Civil Veterinary Department Bihar & Orissa reports 1911-21 - 1911-1921
Year: 1911
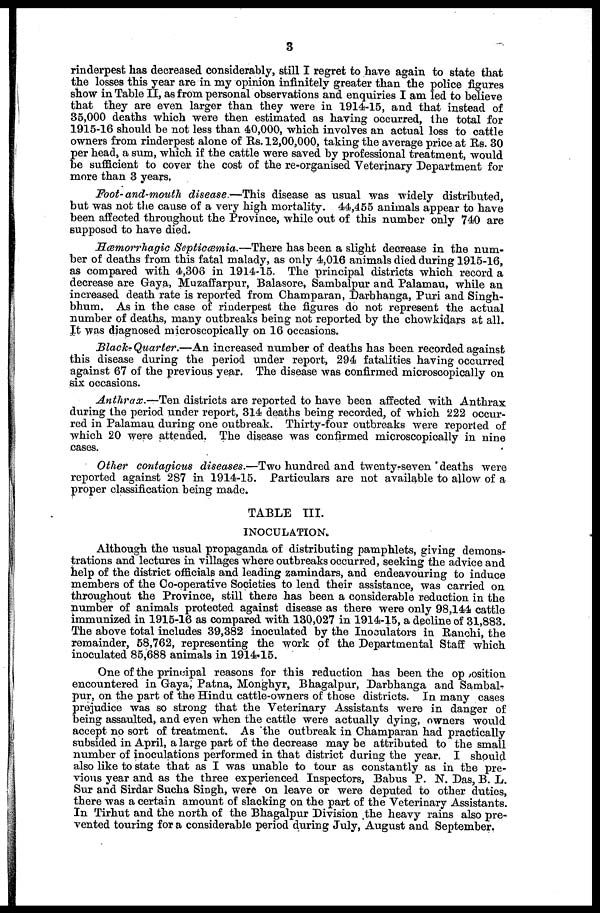
3
rinderpest has decreased considerably, still I regret to have again to state that
the losses this year are in my opinion infinitely greater than the police figures
show in Table II, as from personal observations and enquiries I am led to believe
that they are even larger than they were in 1914-15, and that instead of
35,000 deaths which were then estimated as having occurred, the total for
1915-16 should be not less than 40,000, which involves an actual loss to cattle
owners from rinderpest alone of Rs. 12,00,000, taking the average price at Rs. 30
per head, a sum, which if the cattle were saved by professional treatment, would
be sufficient to cover the cost of the re-organised Veterinary Department for
more than 3 years.
Foot- and-mouth disease—This
disease as usual was widely distributed,
but was not the cause of a very high mortality. 44,455 animals appear to have
been affected throughout the Province, while out of this number only 740 are
supposed to have died.
Hæmorrhagic Septicæmia.—There
has been a slight decrease in the num-
ber of deaths from this fatal malady, as only 4,016 animals died during 1915-16,
as compared with 4,306 in 1914-15. The principal districts which record a
decrease are Gaya, Muzaffarpur, Balasore, Sambalpur and Palamau, while an
increased death rate is reported from Champaran, Darbhanga, Puri and Singh-
bhum. As in the case of rinderpest the figures do not represent the actual
number of deaths, many outbreaks being not reported by the chowkidars at all.
It was diagnosed microscopically on 16 occasions.
Black- Quarter.—An increased number of deaths has been recorded against
this disease during the period under report, 294 fatalities having occurred
against 67 of the previous year. The disease was confirmed microscopically on
six occasions.
Anthrax.—Ten
districts are reported to have been affected with Anthrax
during the period under report, 314 deaths being recorded, of which 222 occur-
red in Palamau during one outbreak. Thirty-four outbreaks were reported of
which 20 were attended. The disease was confirmed microscopically in nine
cases.
Other contagious diseases.—Two hundred and twenty-seven ' deaths were
reported against 287 in 1914-15. Particulars are not available to allow of a
proper classification being made.
TABLE III.
INOCULATION.
Although the usual propaganda of distributing pamphlets, giving demons-
trations and lectures in villages where outbreaks occurred, seeking the advice and
help of the district officials and leading zamindars, and endeavouring to induce
members of the Co-operative Societies to lend their assistance, was carried on
throughout the Province, still there has been a considerable reduction in the
number of animals protected against disease as there were only 98,144 cattle
immunized in 1915-16 as compared with 130,027 in 1914-15, a decline of 31,883.
The above total includes 39,382 inoculated by the Inoculators in Ranchi, the
remainder, 58,762, representing the work of the Departmental Staff which
inoculated 85,688 animals in 1914-15.
One of the principal reasons for this reduction has been the op position
encountered in Gaya, Patna, Monghyr, Bhagalpur, Darbhanga and Sambal-
pur, on the part of the Hindu cattle-owners of those districts. In many cases
prejudice was so strong that the Veterinary Assistants were in danger of
being assaulted, and even when the cattle were actually dying, owners would
accept no sort of treatment. As the outbreak in Champaran had practically
subsided in April, a large part of the decrease may be attributed to the small
number of inoculations performed in that district during the year. I should
also like to state that as I was unable to tour as constantly as in the pre-
vious year and as the three experienced Inspectors, Babus P. N. Das, B. L.
Sur and Sirdar Sucha Singh, were on leave or were deputed to other duties,
there was a certain amount of slacking on the part of the Veterinary Assistants.
In Tirhut and the north of the Bhagalpur Division the heavy rains also pre-
vented touring for a considerable period during July, August and September.